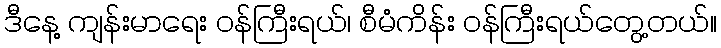
ဒီနေ့ ကျန်းမာရေး ဝန်ကြီးရယ်၊ စီမံကိန်း ဝန်ကြီးရယ်တွေ့တယ်။